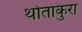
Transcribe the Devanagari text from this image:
थोताकुरा